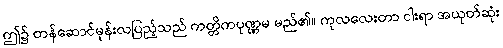
ဤ၌ တန်ဆောင်မုန်းလပြည့်သည် ကတ္တိကပုဏ္ဏမ မည်၏။ ကုလလေးတာ ငါးရာ အယုတ်ဆုံး